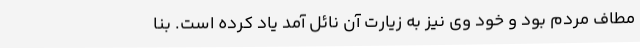
مطاف مردم بود و خود وی نیز به زیارت آن نائل آمد یاد کرده ‌است. بنا